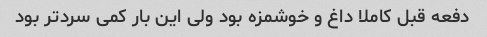
دفعه قبل کاملا داغ و خوشمزه بود ولی این بار کمی سردتر بود